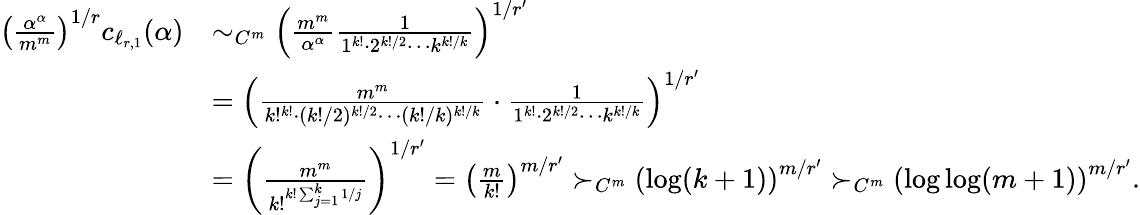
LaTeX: \begin{array}{rl}{\left(\frac{\alpha^{\alpha}}{m^{m}}\right)^{1/r}c_{\ell_{r,1}}(\alpha)}&{\sim_{C^{m}}\left(\frac{m^{m}}{\alpha^{\alpha}}\frac{1}{1^{k!}\cdot 2^{k!/2}\cdots k^{k!/k}}\right)^{1/r^{\prime}}}\\ &{=\left(\frac{m^{m}}{k!^{k!}\cdot(k!/2)^{k!/2}\cdots(k!/k)^{k!/k}}\cdot\frac{1}{1^{k!}\cdot 2^{k!/2}\cdots k^{k!/k}}\right)^{1/r^{\prime}}}\\ &{=\left(\frac{m^{m}}{k!^{k!\sum_{j=1}^{k}1/j}}\right)^{1/r^{\prime}}=\left(\frac{m}{k!}\right)^{m/r^{\prime}}\succ_{C^{m}}\left(\log(k+1)\right)^{m/r^{\prime}}\succ_{C^{m}}\left(\log\log(m+1)\right)^{m/r^{\prime}}.}\end{array}